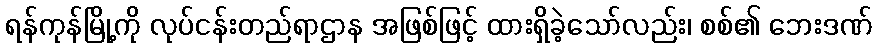
ရန်ကုန်မြို့ကို လုပ်ငန်းတည်ရာဌာန အဖြစ်ဖြင့် ထားရှိခဲ့သော်လည်း၊ စစ်၏ ဘေးဒဏ်